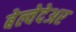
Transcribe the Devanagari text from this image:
बेल्वेदेअर